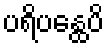
ပရိပန္ထေပိ